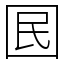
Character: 囻